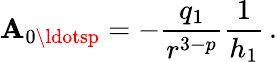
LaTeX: \mathbf{A}_{0\ldotsp}=-\frac{{q_{1}}}{{r^{3-p}}}\frac{{1}}{{h_{1}}}\, .